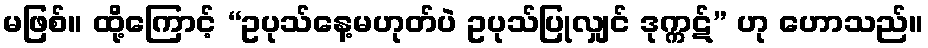
မဖြစ်။ ထို့ကြောင့် “ဥပုသ်နေ့မဟုတ်ပဲ ဥပုသ်ပြုလျှင် ဒုက္ကဋ်” ဟု ဟောသည်။